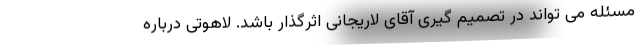
مسئله می تواند در تصمیم گیری آقای لاریجانی اثرگذار باشد. لاهوتی درباره